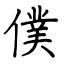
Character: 僕